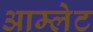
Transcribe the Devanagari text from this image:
आम्‍लेट